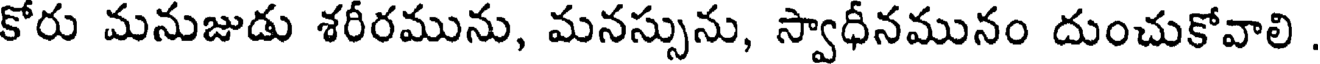
కోరు మనుజుడు శరీరమును, మనస్సును, స్వాధీనమునం దుంచుకోవాలి